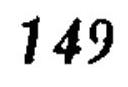
149